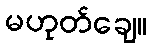
မဟုတ်ချေ။